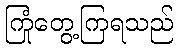
ကြုံတွေ့ကြရသည်